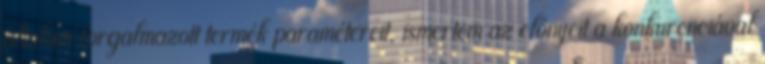
általam forgalmazott termék paramétereit, ismertem az előnyeit a konkurenciával